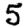
Digit: 5